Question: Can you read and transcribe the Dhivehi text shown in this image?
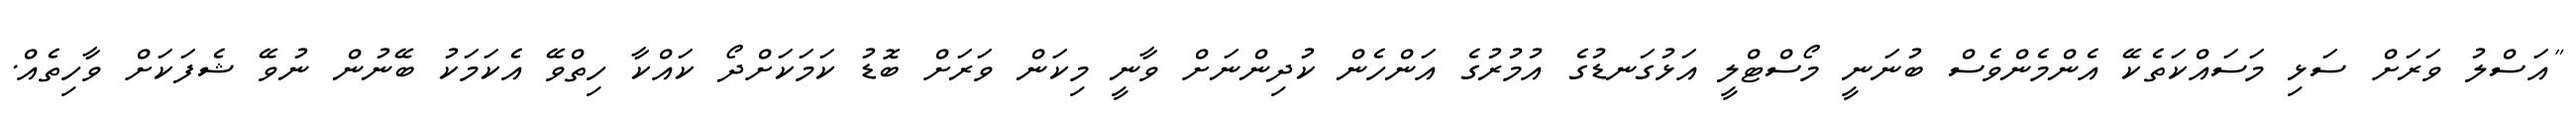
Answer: "އަސްލު ވަރަށް ސަޅި މަސައްކަތެކޭ އެންމެންވެސް ބުނަނީ މޯސްޓްލީ އަޅުގަނޑުގެ އުމުރުގެ އަންހެން ކުދިންނަށް ވާނީ މިކަން ވަރަށް ބޮޑު ކަމަކަށްދޯ ކައްކާ ހިތްވޭ އެކަމަކު ބޭނުން ނުވޭ ޝެފަކަށް ވާހިތެއް.